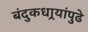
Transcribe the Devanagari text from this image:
बंदुकधार्‍यांपुढे